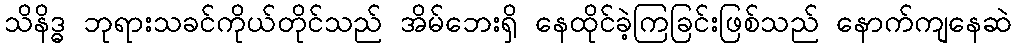
သိနိဒ္ဓ ဘုရားသခင်ကိုယ်တိုင်သည် အိမ်ဘေးရှိ နေထိုင်ခဲ့ကြခြင်းဖြစ်သည် နောက်ကျနေဆဲ